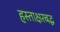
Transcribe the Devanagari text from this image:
हस्ताक्षरबद्ध